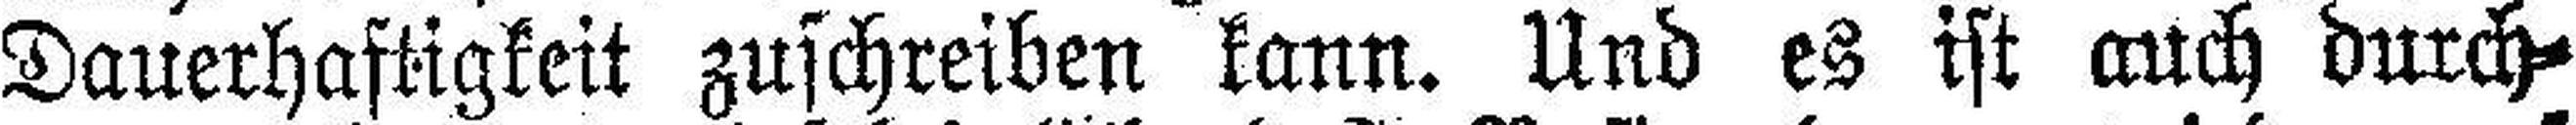
Dauerhaftigkeit zuschreiben kann. Und es ist auch durch¬